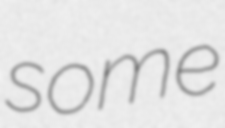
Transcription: some